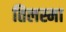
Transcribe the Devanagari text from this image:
तिलस्मा